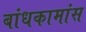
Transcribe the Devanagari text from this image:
बांधकामांस